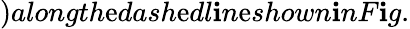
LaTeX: )alongth\mathrm{e}dash\mathrm{e}dl\mathbf{i}n\mathrm{e}shown\mathbf{i}nF\mathbf{i}g.